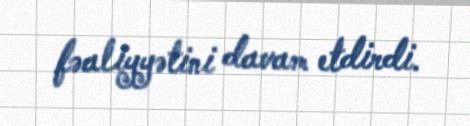
fəaliyyətini davam etdirdi.